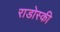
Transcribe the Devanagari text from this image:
राडोस्की